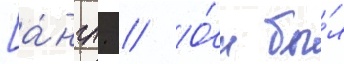
[а́нгл. // О́н бы́л